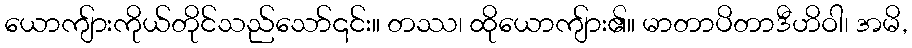
ယောကျ်ားကိုယ်တိုင်သည်သော်၎င်း။ တဿ၊ ထိုယောကျ်ား၏။ မာတာပိတာဒီဟိဝါ၊ အမိ,